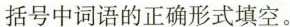
括号中词语的正确形式填空.